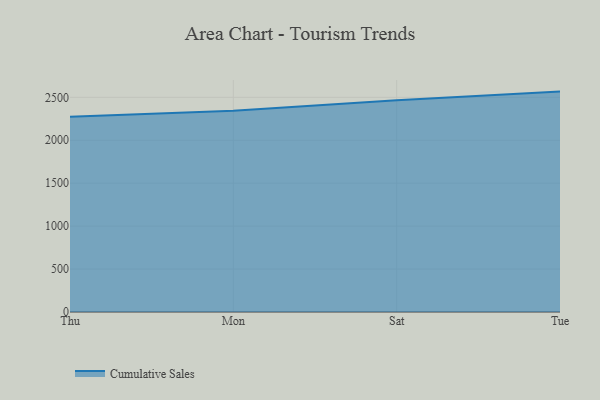
{"axis": {"x": "Day", "y": "Inventory Turnover"}, "legend": ["Cumulative Sales"], "data": [{"x": "Thu", "y": 2272.3, "type": "Cumulative Sales"}, {"x": "Mon", "y": 2342.4, "type": "Cumulative Sales"}, {"x": "Sat", "y": 2465.8, "type": "Cumulative Sales"}, {"x": "Tue", "y": 2566.4, "type": "Cumulative Sales"}]}